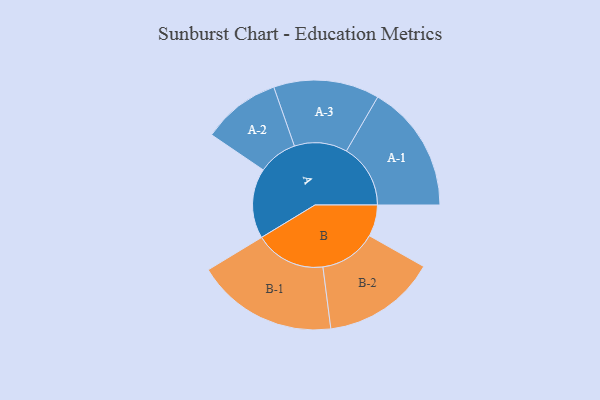
{"axis": {"x": "Segment", "y": "Value"}, "legend": ["", "A", "B"], "data": [{"x": "A", "y": 295, "type": ""}, {"x": "B", "y": 133, "type": ""}, {"x": "A-1", "y": 270, "type": "A"}, {"x": "A-2", "y": 165, "type": "A"}, {"x": "A-3", "y": 223, "type": "A"}, {"x": "B-1", "y": 298, "type": "B"}, {"x": "B-2", "y": 240, "type": "B"}]}